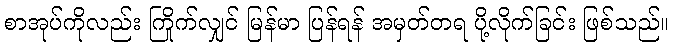
စာအုပ်ကိုလည်း ကြိုက်လျှင် မြန်မာ ပြန်ရန် အမှတ်တရ ပို့လိုက်ခြင်း ဖြစ်သည်။